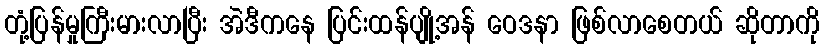
တုံ့ပြန်မှုကြီးမားလာပြီး အဲဒီကနေ ပြင်းထန်ပျို့အန် ဝေဒနာ ဖြစ်လာစေတယ် ဆိုတာကို